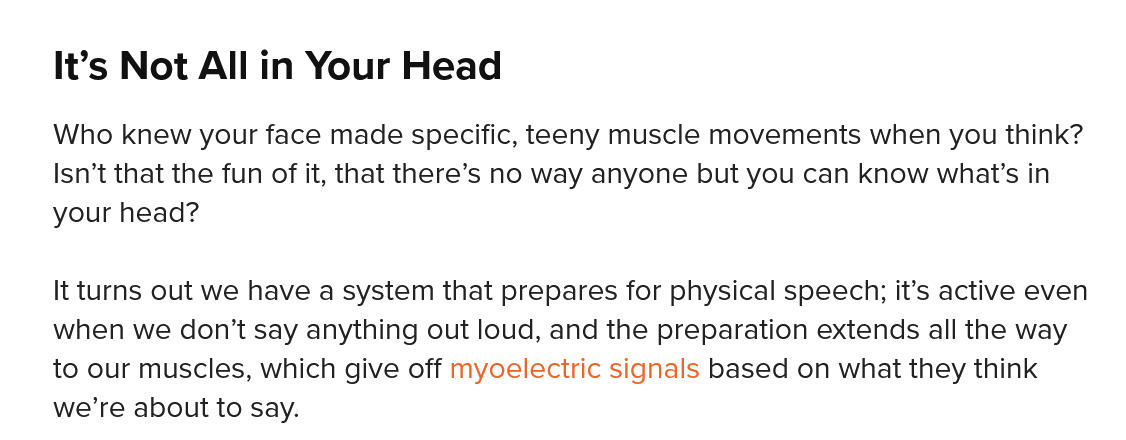
It’s Not All in Your   Head
    Who knew your face made specific, teeny muscle movements when you think?
    Isn’t that the fun of it, that there’s no way anyone but you can know what’s in
    your head?
    It turns out we have a system that prepares for physical speech; it’s active even
    when we don’t say anything out loud, and the preparation extends all the way
    to our muscles, which give off myoelectric signals based on what they think
    we’re about to say.